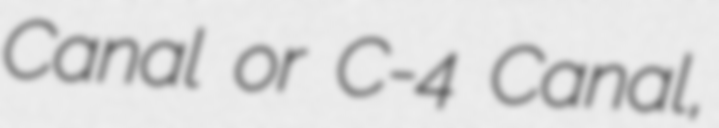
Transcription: Canal or C-4 Canal,